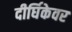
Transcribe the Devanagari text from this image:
दीर्घिकेवर